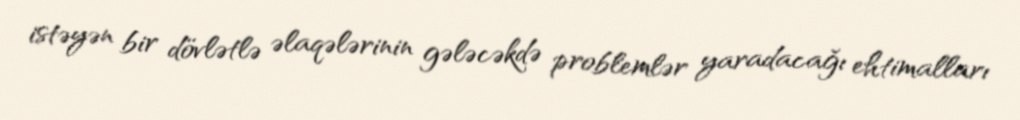
istəyən bir dövlətlə əlaqələrinin gələcəkdə problemlər yaradacağı ehtimalları